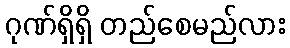
ဂုဏ်ရှိရှိ တည်စေမည်လား